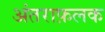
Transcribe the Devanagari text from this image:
अंतराफ़लक